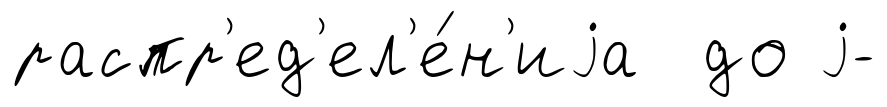
распр'ед'ел'е́н'иjа до j-